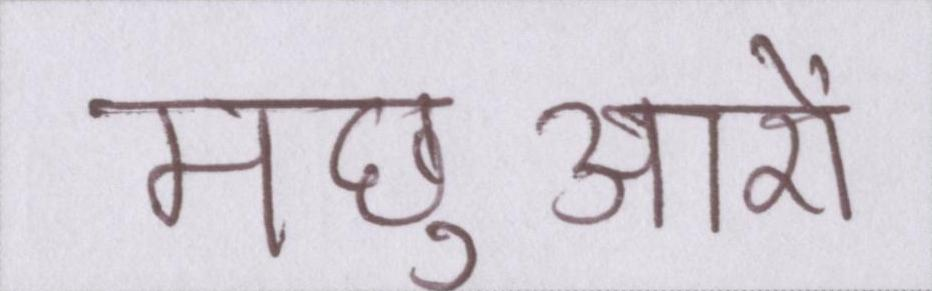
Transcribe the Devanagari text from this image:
मछुआरों